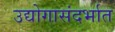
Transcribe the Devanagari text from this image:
उद्योगासंदर्भात